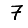
Digit: 7